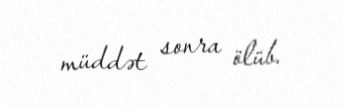
müddət sonra ölüb.